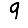
Digit: 9